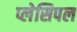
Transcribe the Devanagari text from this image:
प्लेसिपल